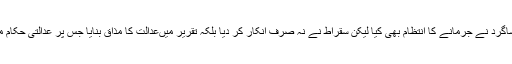
سقراط کے ایک شاگرد نے جرمانے کا انتظام بھی کیا لیکن سقراط نے نہ صرف انکار کر دیا بلکہ تقریر میںعدالت کا مذاق بنایا جس پر عدالتی حکام مزید برہم ہو گئے۔